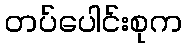
တပ်ပေါင်းစုက